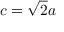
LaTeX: c = { \sqrt { 2 } } a